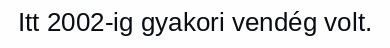
Itt 2002-ig gyakori vendég volt.